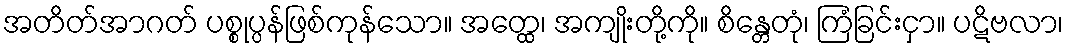
အတိတ်အာဂတ် ပစ္စုပ္ပန်ဖြစ်ကုန်သော။ အတ္ထေ၊ အကျိုးတို့ကို။ စိန္တေတုံ၊ ကြံခြင်းငှာ။ ပဋိဗလာ၊